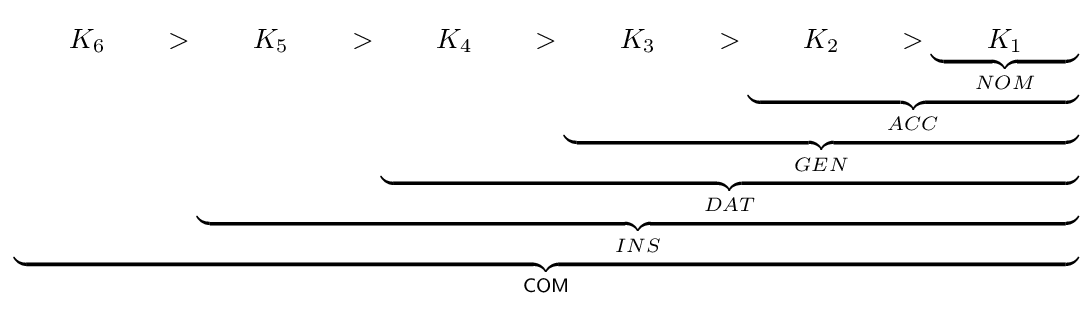
{\mathsf {\underbrace {\qquad K_{6}\qquad >\underbrace {\qquad K_{5}\qquad >\underbrace {\qquad K_{4}\qquad >\underbrace {\qquad K_{3}\qquad >\underbrace {\qquad K_{2}\qquad >\underbrace {\qquad K_{1}\qquad } _{NOM}} _{ACC}} _{GEN}} _{DAT}} _{INS}} _{COM}}}